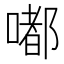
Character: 嘟